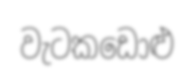
වැටකඩොළු